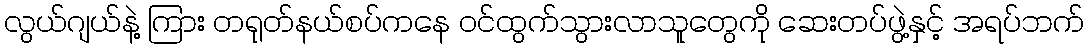
လွယ်ဂျယ်နဲ့ ကြား တရုတ်နယ်စပ်ကနေ ဝင်ထွက်သွားလာသူတွေကို ဆေးတပ်ဖွဲ့နှင့် အရပ်ဘက်